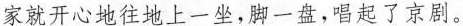
家就开心地往地上一坐，脚一盘，唱起了京剧。